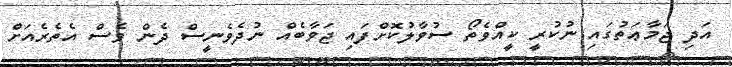
އަދި ޖަމާޢަތުގައި ނުކުރީ ކީއްވެތޯ ސުވާލުކޮށްފައި ޖަވާބެއް ނުދެވެނީސް ދެން ވެސް އެތެރެއަށް